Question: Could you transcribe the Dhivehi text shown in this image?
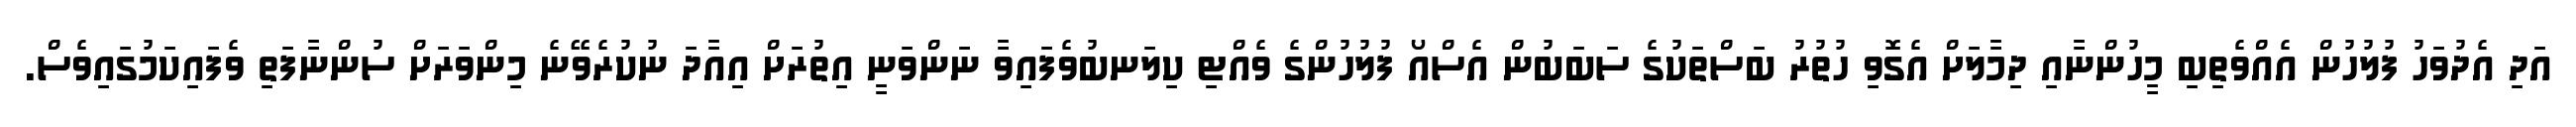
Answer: އަދި އެދުވަހު ފުލުހުން އެއްވެތިބި މީހުންނާއި ދިމާލަށް އެގޮވި ހުތުރު ބަސްތަކުގެ ސަބަބުން އެސްއޯ ފުލުހުންގެ ވެއްޓި ކިލަނބުވެފައިވާ ނަންވަނީ އިތުރަށް އިއާދަ ނުކުރެވޭނެ މިންވަރަށް ސުންނާފަތި ވެފައިކަމުގައިވެސް.